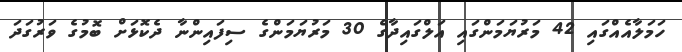
ހަމަލާއެއްގައި 42 މަރުޔަމަންގައި އަލްގައިދާގެ 30 މަރުޔަމަންގެ ސިފައިންނާ ދެކޮޅަށް ބޮމުގެ ވަރުގަދަ